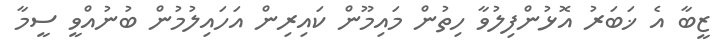
ޒީބާ އެ ޚަބަރު އޮޅުންފިލުވާ ހިތުން މައިމޫން ކައިރިން އަހައިލުމުން ބުނުއްވީ ސީމާ